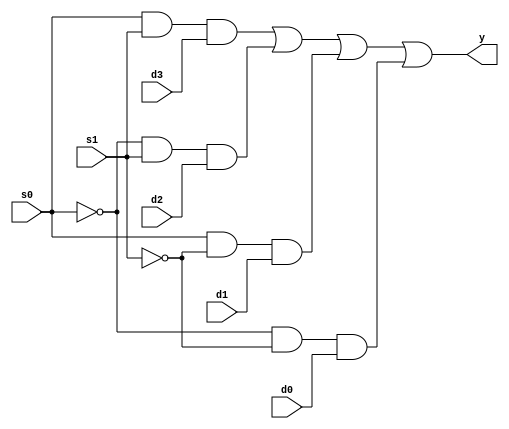
`timescale 1ns / 1ps
//////////////////////////////////////////////////////////////////////////////////
// Company: 
// Engineer: 
// 
// Design Name: 
// Module Name: Four_to_One_Mux
// Project Name: 
// Target Devices: 
// Tool Versions: 
// Description: 
// 
// Dependencies: 
// 
// Revision:
// Revision 0.01 - File Created
// Additional Comments:
// 
//////////////////////////////////////////////////////////////////////////////////
// Asad Majeed
// 041-18-0037

module Four_to_One_Mux(
    input d0,d1,d2,d3,s1,s0,
    output y
    );
    
    wire tmp1, tmp2, tmp3, tmp4;
    
    and a1(tmp1, s0,s1,d3);
    and a2(tmp2, ~s0,s1,d2);
    and a3(tmp3, s0,~s1,d1);
    and a4(tmp4, ~s0,~s1,d0);
    
    or o1(y, tmp1, tmp2, tmp3, tmp4);
endmodule